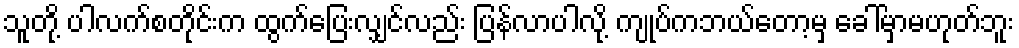
သူတို့ ပါလက်စတိုင်းက ထွက်ပြေးလျှင်လည်း ပြန်လာပါလို့ ကျုပ်ကဘယ်တော့မှ ခေါ်မှာမဟုတ်ဘူး